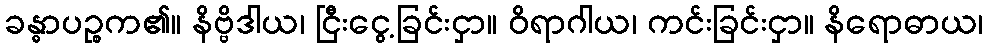
ခန္ဓာပဉ္စက၏။ နိဗ္ဗိဒါယ၊ ငြီးငွေ့ခြင်းငှာ။ ဝိရာဂါယ၊ ကင်းခြင်းငှာ။ နိရောဓာယ၊